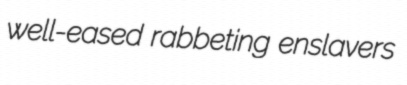
well-eased rabbeting enslavers